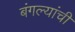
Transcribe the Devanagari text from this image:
बंगल्यांची